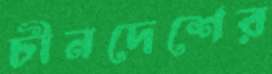
চীনদেশের